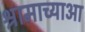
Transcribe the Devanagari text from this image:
श्रामाच्याआ